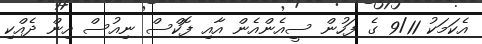
އެކަމަކު 9/11 ގެ ފަހުން ސީއެންއެން އާއި ފޮކްސް ނިއުސް އިން ދެއްކި